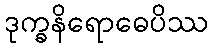
ဒုက္ခနိရောဓေပိဿ